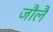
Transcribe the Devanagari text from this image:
जौलै